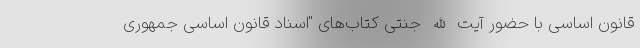
قانون اساسی با حضور آیت الله جنتی کتاب‌های "اسناد قانون اساسی جمهوری